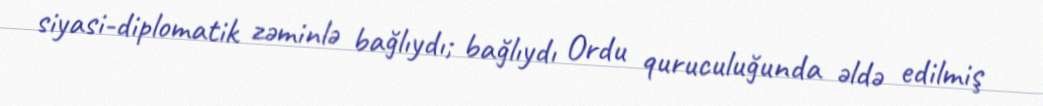
siyasi-diplomatik zəminlə bağlıydı; bağlıydı Ordu quruculuğunda əldə edilmiş